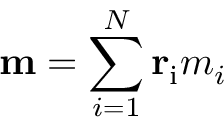
\mathbf { m } = \sum _ { i = 1 } ^ { N } \mathbf { r } _ { \mathrm { i } } m _ { i }